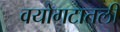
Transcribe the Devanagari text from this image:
वयोगटातली